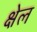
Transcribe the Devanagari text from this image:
क्षेल